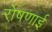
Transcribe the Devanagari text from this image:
रो़षणाई